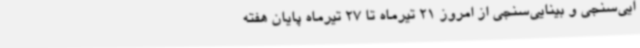
ایی‌سنجی و بینایی‌سنجی از امروز 21 تیرماه تا 27 تیرماه پایان هفته